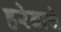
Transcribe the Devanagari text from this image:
हरेवाचे